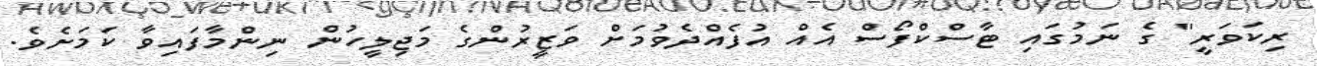
ރިކަވަރީ" ގެ ނަމުގައި ޓާސްކްފޯސް އެއް އުފެއްދެވުމަށް ވަޒީރުންގެ މަޖިލީހުން ނިންމާފައިވާ ކަމަށެވެ.